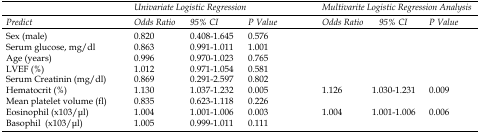
<table><thead><tr><td></td><td colspan="3"><b><i>Univariate Logistic Regression</i></b></td><td colspan="3"><b><i>Multivarite Logistic Regression Analysis </i></b></td></tr><tr><td><b><i>Predict</i></b></td><td><b><i>Odds Ratio</i></b></td><td><b><i>95% CI</i></b></td><td><b><i>P Value</i></b></td><td><b><i>Odds Ratio</i></b></td><td><b><i>95% CI</i></b></td><td><b><i>P Value</i></b></td></tr></thead><tbody><tr><td>Sex (male)</td><td>0.820</td><td>0.408-1.645</td><td>0.576</td><td></td><td></td><td></td></tr><tr><td>Serum glucose, mg/dl</td><td>0.863</td><td>0.991-1.011</td><td>1.001</td><td></td><td></td><td></td></tr><tr><td>Age (years)</td><td>0.996</td><td>0.970-1.023</td><td>0.765</td><td></td><td></td><td></td></tr><tr><td>LVEF (%)</td><td>1.012</td><td>0.971-1.054</td><td>0.581</td><td></td><td></td><td></td></tr><tr><td>Serum Creatinin (mg/dl)</td><td>0.869</td><td>0.291-2.597</td><td>0.802</td><td></td><td></td><td></td></tr><tr><td>Hematocrit (%)</td><td>1.130</td><td>1.037-1.232</td><td>0.005</td><td>1.126</td><td>1.030-1.231</td><td>0.009</td></tr><tr><td>Mean platelet volume (fl)</td><td>0.835</td><td>0.623-1.118</td><td>0.226</td><td></td><td></td><td></td></tr><tr><td>Eosinophil (x10<sup>3</sup>/μl)</td><td>1.004</td><td>1.001-1.006</td><td>0.003</td><td>1.004</td><td>1.001-1.006</td><td>0.006</td></tr><tr><td>Basophil (x10<sup>3</sup>/μl)</td><td>1.005</td><td>0.999-1.011</td><td>0.111</td><td></td><td></td><td></td></tr></tbody></table>